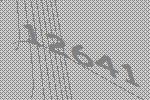
12641